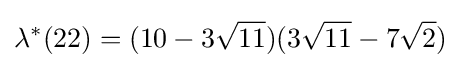
\lambda ^{*}(22)=(10-3{\sqrt {11}})(3{\sqrt {11}}-7{\sqrt {2}})